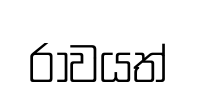
රාවයත්